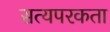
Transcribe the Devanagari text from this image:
सत्यपरकता